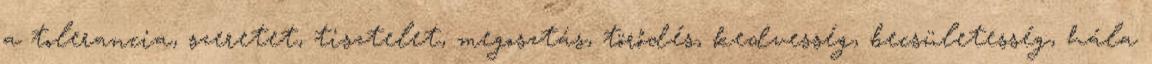
a tolerancia, szeretet, tisztelet, megosztás, törődés, kedvesség, becsületesség, hála